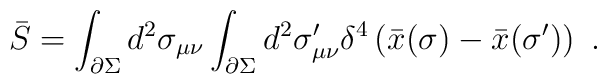
\bar{S} = \int_{\partial \Sigma } d^2 \sigma_{\mu \nu } \int_{\partial \Sigma } d^2 \sigma^{\prime }_{\mu \nu } \delta^{4} \left( \bar{x} (\sigma ) - \bar{x} (\sigma^{\prime } ) \right) \ .